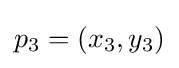
p_{3}=(x_{3},y_{3})